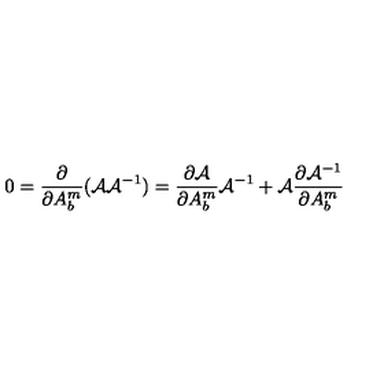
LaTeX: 0 = \frac { \partial } { \partial A _ { b } ^ { m } } ( { \cal A } { \cal A } ^ { - 1 } ) = \frac { \partial { \cal A } } { \partial A _ { b } ^ { m } } { \cal A } ^ { - 1 } + { \cal A } \frac { \partial { \cal A } ^ { - 1 } } { \partial A _ { b } ^ { m } }